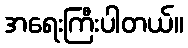
အရေးကြီးပါတယ်။